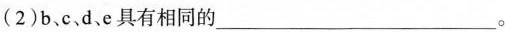
(2)b、c.d、e具有相同的___。